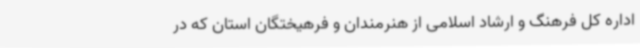
اداره کل فرهنگ و ارشاد اسلامی از هنرمندان و فرهیختگان استان که در